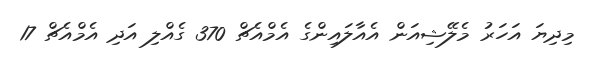
މިދިޔަ އަހަރު މެލޭޝިއަން އެއާލައިންގެ އެމްއެޗް 370 ގެއްލި އަދި އެމްއެޗް 17